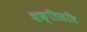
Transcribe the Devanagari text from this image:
शक्तिसलि